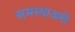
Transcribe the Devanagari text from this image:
समस्याअसे